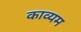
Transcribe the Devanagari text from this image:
काव्यम